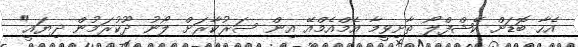
އެހާ ބޮޑަށް ކޭޝްފްލޯ ތާށިވީމާ އެމްއެމްއޭ އިން ސަރުކާރަށް ލޯނު ދޫކުރަމުން ދިޔައީ"